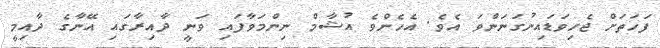
ފަހަތަށް ޖެހިވަޑައިނުގަނަންވަ އެވެ. އެހެންވެ އުޝާމް ނިންމަވާފައި ވަނީ ދާއިރާގައި އޭނާގެ ދާއިމީ